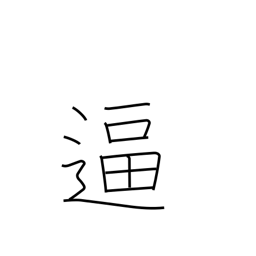
Meaning: spur on